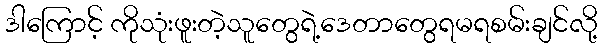
ဒါကြောင့် ကိုသုံးဖူးတဲ့သူတွေရဲ့ဒေတာတွေရမရစမ်းချင်လို့